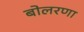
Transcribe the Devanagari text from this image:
बोलरणा